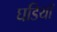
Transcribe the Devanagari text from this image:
घडियाँ